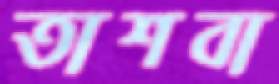
তাশবা